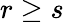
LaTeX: r\geq s